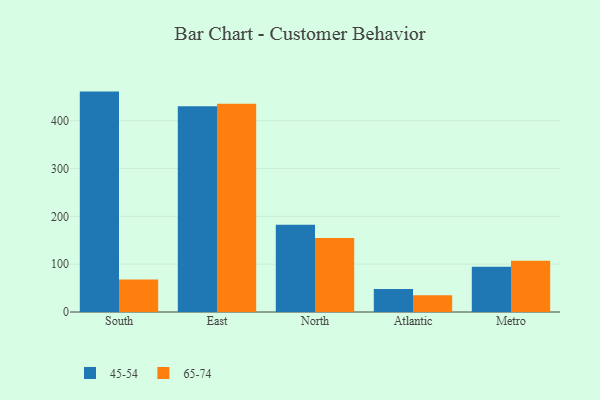
{"axis": {"x": "Region", "y": "Headcount"}, "legend": ["45-54", "65-74"], "data": [{"x": "South", "y": 460.8, "type": "45-54"}, {"x": "South", "y": 67.9, "type": "65-74"}, {"x": "East", "y": 430.3, "type": "45-54"}, {"x": "East", "y": 435.6, "type": "65-74"}, {"x": "North", "y": 182.2, "type": "45-54"}, {"x": "North", "y": 154.9, "type": "65-74"}, {"x": "Atlantic", "y": 48.2, "type": "45-54"}, {"x": "Atlantic", "y": 35.0, "type": "65-74"}, {"x": "Metro", "y": 94.6, "type": "45-54"}, {"x": "Metro", "y": 107.4, "type": "65-74"}]}